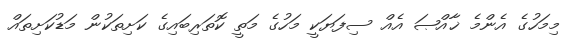
މިމަހުގެ އެންމެ ޚާއްޞަ އެއް ސިފަޔަކީ މަހުގެ މަތީ ކޮތަރިބައިގެ ކަށިތަކުން މަޑުކަށިތައް